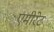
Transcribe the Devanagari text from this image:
एमीरेट